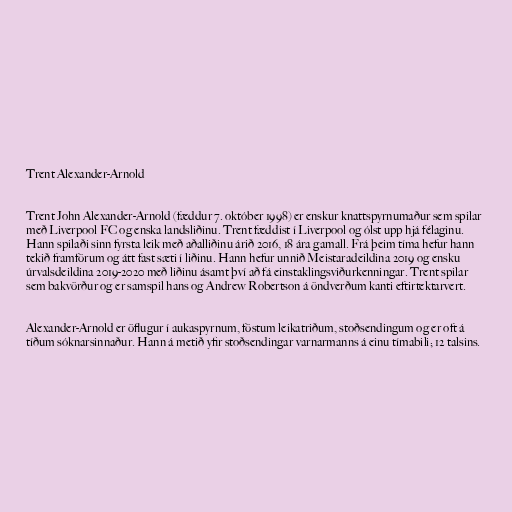
Trent Alexander-Arnold

Trent John Alexander-Arnold (fæddur 7. október 1998) er enskur knattspyrnumaður sem spilar
með Liverpool FC og enska landsliðinu. Trent fæddist í Liverpool og ólst upp hjá félaginu.
Hann spilaði sinn fyrsta leik með aðalliðinu árið 2016, 18 ára gamall. Frá þeim tíma hefur hann
tekið framförum og átt fast sæti í liðinu. Hann hefur unnið Meistaradeildina 2019 og ensku
úrvalsdeildina 2019-2020 með liðinu ásamt því að fá einstaklingsviðurkenningar. Trent spilar
sem bakvörður og er samspil hans og Andrew Robertson á öndverðum kanti eftirtektarvert.

Alexander-Arnold er öflugur í aukaspyrnum, föstum leikatriðum, stoðsendingum og er oft á
tíðum sóknarsinnaður. Hann á metið yfir stoðsendingar varnarmanns á einu tímabili; 12 talsins.